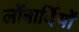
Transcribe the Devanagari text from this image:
लोंबार्दियों